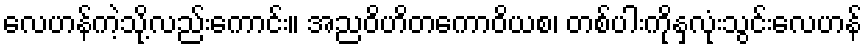
လေဟန်ကဲ့သို့လည်းကောင်း။ အညဝိဟိတကောဝိယစ၊ တစ်ပါးကိုနှလုံးသွင်းလေဟန်